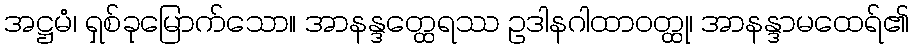
အဋ္ဌမံ၊ ရှစ်ခုမြောက်သော။ အာနန္ဒတ္ထေရဿ ဥဒါနဂါထာဝတ္ထု၊ အာနန္ဒာမထေရ်၏